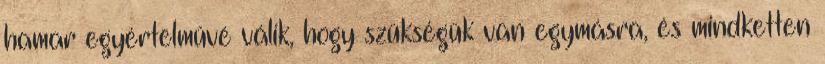
hamar egyértelművé válik, hogy szükségük van egymásra, és mindketten